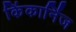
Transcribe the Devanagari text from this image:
किंकार्निज